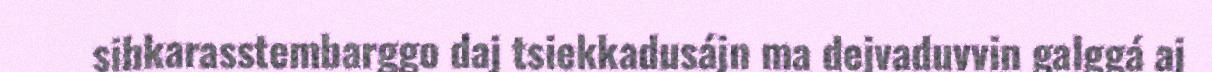
sihkarasstembarggo daj tsiekkadusájn ma dejvaduvvin galggá aj